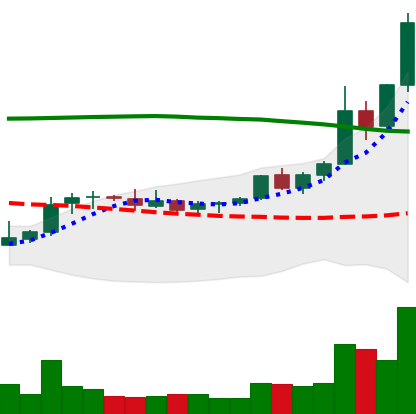
Ticker: XRP-USD
Chart end date: 2021-08-14
Forward return: -3.715%
Label: down_3_5